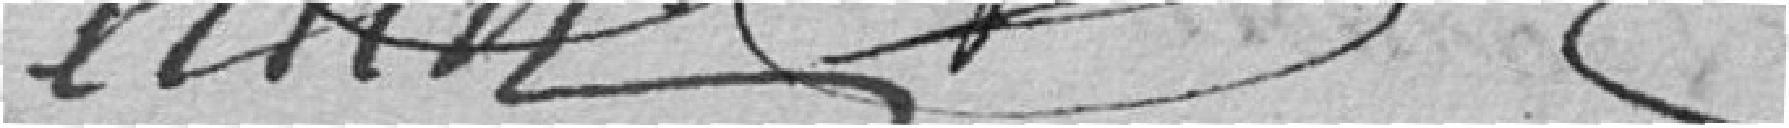
Juin       Fortier